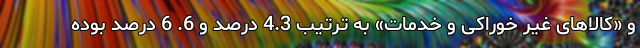
و «کالاهای غیر خوراکی و خدمات» به ترتیب 4.3 درصد و 6. 6 درصد بوده